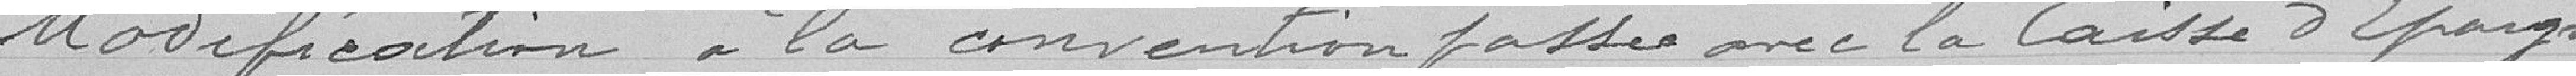
Modification à la convention passée avec la Caisse d'épargne